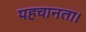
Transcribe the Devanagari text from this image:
पहचानता।